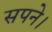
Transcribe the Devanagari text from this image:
सपने।